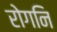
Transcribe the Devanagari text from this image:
रोगनि